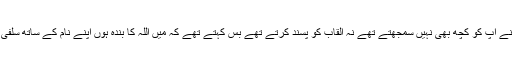
علم ،عمل کے ساتھ ساتھ عاجز بھی تھے اپنے آپ کو کچھ بھی نہیں سمجھتے تھے نہ القاب کو پسند کرتے تھے بس کہتے تھے کہ میں اللہ کا بندہ ہوں اپنے نام کے ساتھ سلفی ،وغیرہ القاب سے بہت نفرت کرتے تھے ۔